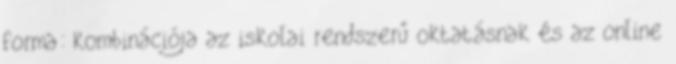
forma: kombinációja az iskolai rendszerű oktatásnak és az online